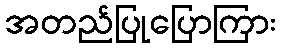
အတည်ပြုပြောကြား